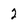
Character: 2